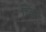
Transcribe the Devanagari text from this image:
ब्यिय